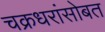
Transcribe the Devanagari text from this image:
चक्रधरांसोबत